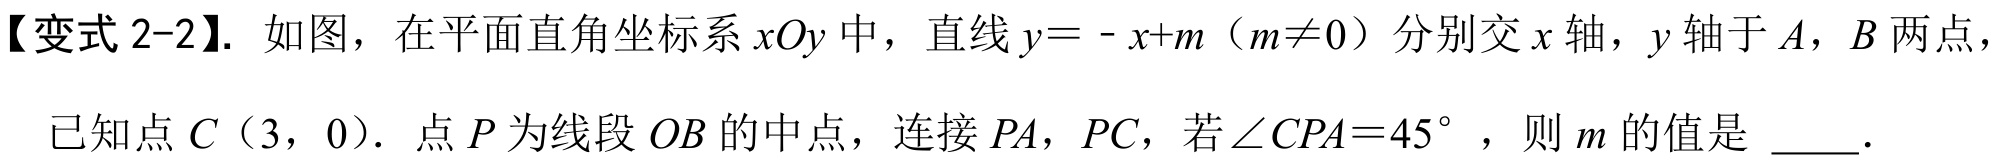
【变式 2-2】. 如图，在平面直角坐标系\(xOy\)中，直线\(y = - x + m\)（\(m\neq0\)）分别交\(x\)轴，\(y\)轴于\(A\)，\(B\)两点，已知点\(C(3,0)\). 点\(P\)为线段\(OB\)的中点，连接\(PA\)，\(PC\)，若\(\angle CPA = 45^{\circ}\)，则\(m\)的值是 \(\underline{\quad\quad}\).